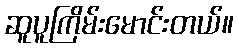
ဆူပူကြိမ်းမောင်းတယ်။